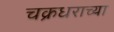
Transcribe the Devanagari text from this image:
चक्रधराच्या